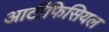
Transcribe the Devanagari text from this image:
आर्टीफिसियल